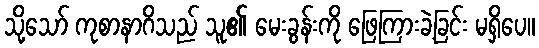
သို့သော် ကုစာနာဂိသည် သူ၏ မေးခွန်းကို ဖြေကြားခဲ့ခြင်း မရှိပေ။